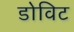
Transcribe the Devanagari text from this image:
डोविट